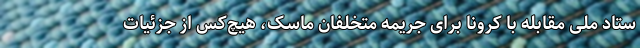
ستاد ملی مقابله با کرونا برای جریمه متخلفان ماسک، هیچ‌کس از جزئیات